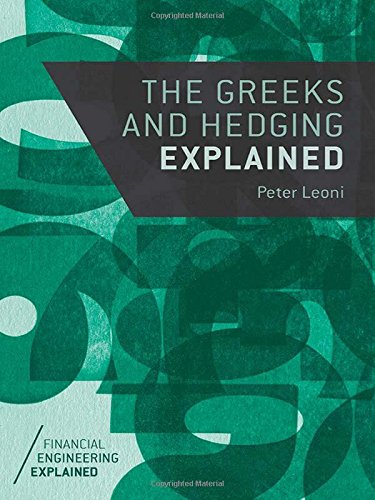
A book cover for The Greeks and Hedging Explained (Financial Engineering Explained); Peter Leoni; Business & Money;